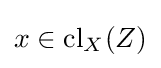
x\in {\rm {cl}}_{X}(Z)